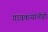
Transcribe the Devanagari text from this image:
गावकऱ्यांनीही